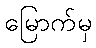
မြောက်မှ